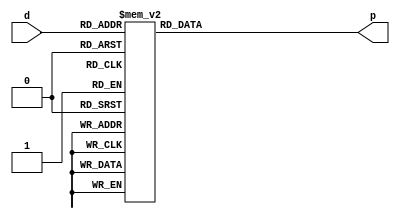
`timescale 1ns / 1ps
//////////////////////////////////////////////////////////////////////////////////
// Company: 
// Engineer: 
// 
// Design Name: 
// Module Name: multiply_by_2
// Project Name: 
// Target Devices: 
// Tool Versions: 
// Description: 
// 
// Dependencies: 
// 
// Revision:
// Revision 0.01 - File Created
// Additional Comments:
// 
//////////////////////////////////////////////////////////////////////////////////


module multiply_by_2(d,p);
    input [2:0] d;
    output reg [3:0] p;
    
    always @(d)
    begin
        case ({d})
            3'b000: begin p=4'b0000; end
            3'b001: begin p=4'b0010; end
            3'b010: begin p=4'b0100; end
            3'b011: begin p=4'b0110; end
            3'b100: begin p=4'b1000; end
            3'b101: begin p=4'b1010; end
            3'b110: begin p=4'b1100; end
            3'b111: begin p=4'b1110; end
        endcase
    end
endmodule